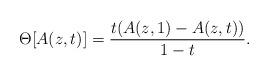
LaTeX: \begin{align*}\Theta[A(z,t)] = \frac{t(A(z,1)-A(z,t))}{1-t}.\end{align*}